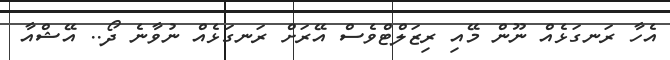
އެހާ ރަނގަޅެއް ނޫން މޭއި ރިޒަލްޓްވެސް އޭރަށް ރަނގަޅެއް ނުވާނެ ދޯ.. އޭޝްއާ